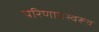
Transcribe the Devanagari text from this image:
परिणामस्वरूव